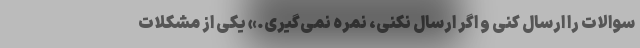
سوالات را ارسال کنی و اگر ارسال نکنی، نمره نمی‌گیری.» یکی از مشکلات